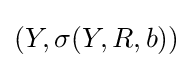
(Y,\sigma (Y,R,b))